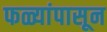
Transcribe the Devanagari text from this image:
फळ्यांपासून